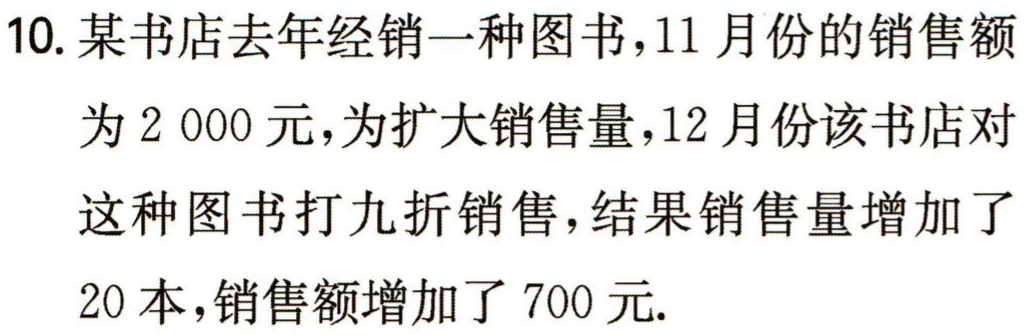
10. 某书店去年经销一种图书，11月份的销售额

为2 000元，为扩大销售量，12月份该书店对

这种图书打九折销售，结果销售量增加了

20本，销售额增加了700元.